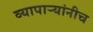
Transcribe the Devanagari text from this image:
व्यापाऱ्यांनीच